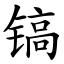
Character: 镐